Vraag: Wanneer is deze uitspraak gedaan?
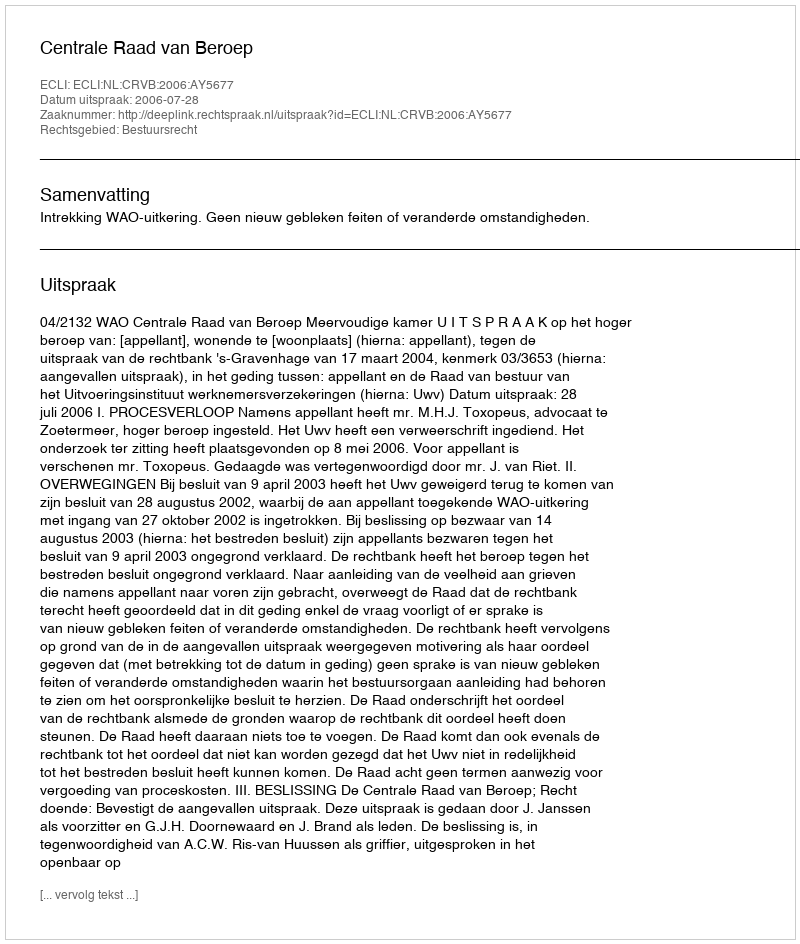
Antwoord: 2006-07-28